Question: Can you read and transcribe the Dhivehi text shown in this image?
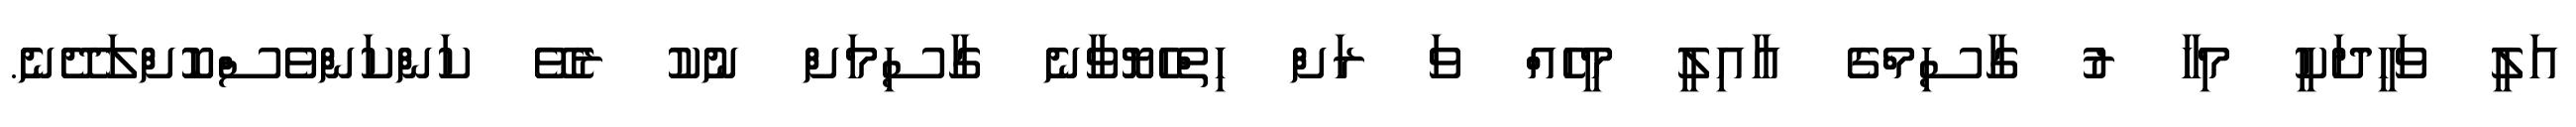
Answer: އަލީ ވަހީދަކީ މިހާ ރު ގާސިމްގެ އާއިލީ މީހެއް ވަ ރަށް ހިތްހެޔޮވާނެ ގާސިމަށް ނުކު ރެވޭ ކަންކަންވެސްކޮށްލަދޭނެ.